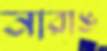
নারাঙ